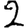
Digit: 2